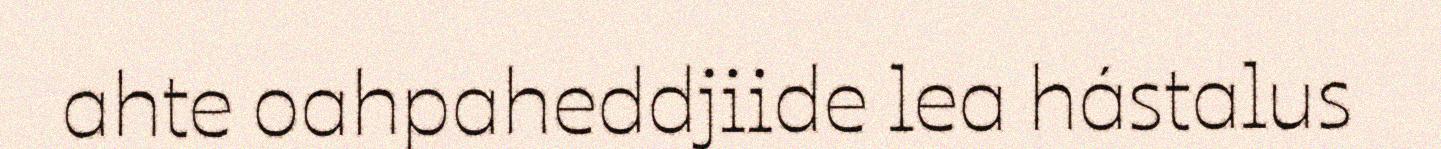
ahte oahpaheddjiide lea hástalus